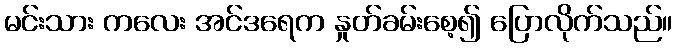
မင်းသား ကလေး အင်ဒရေက နှုတ်ခမ်းစေ့၍ ပြောလိုက်သည်။